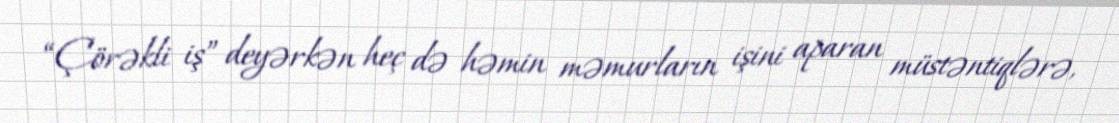
“Çörəkli iş” deyərkən heç də həmin məmurların işini aparan müstəntiqlərə,